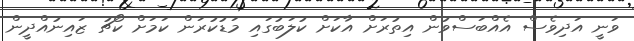
ވަނީ އަދިވެސް އެއްބަސްވުން އިތުރަށް އާކަށް ކުލަބުގައި މަޑުކުރަން ކަމަށް ކޯޗު ޒައިނުއްދީން